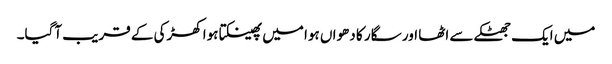
میں ایک جھٹکے سے اٹھا اور سگار کا دھواں ہوا میں پھینکتا ہوا کھڑکی کے قریب آگیا۔